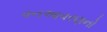
વનઆવરણનો